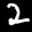
Label: 2